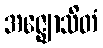
အဇ္ဈောသိတံ